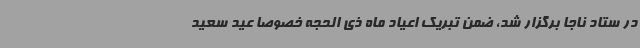
در ستاد ناجا برگزار شد، ضمن تبریک اعیاد ماه ذی الحجه خصوصا عید سعید